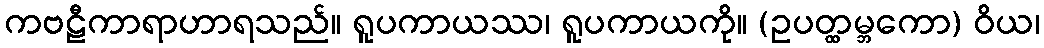
ကဗဠီကာရာဟာရသည်။ ရူပကာယဿ၊ ရူပကာယကို။ (ဥပတ္ထမ္ဘကော) ဝိယ၊